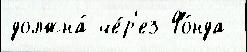
должна́ че́р'ез Фо́нда